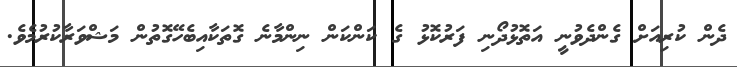
ދެން ކުރިއަށް ގެންދެވުނީ އަތޮޅުދޯނި ފަރުކޮޅު ގެ ކަންކަން ނިންމާނެ ގޮތަކާއިބެހޭގޮތުން މަޝްވަރާކުރުމެވެ.